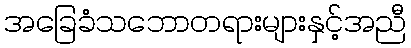
အခြေခံသဘောတရားများနှင့်အညီ